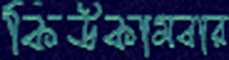
কিউকামবার